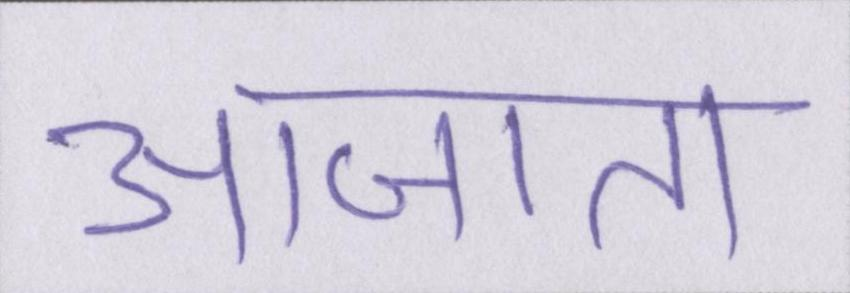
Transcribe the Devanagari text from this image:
आजा॑ता